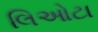
લિઓટા